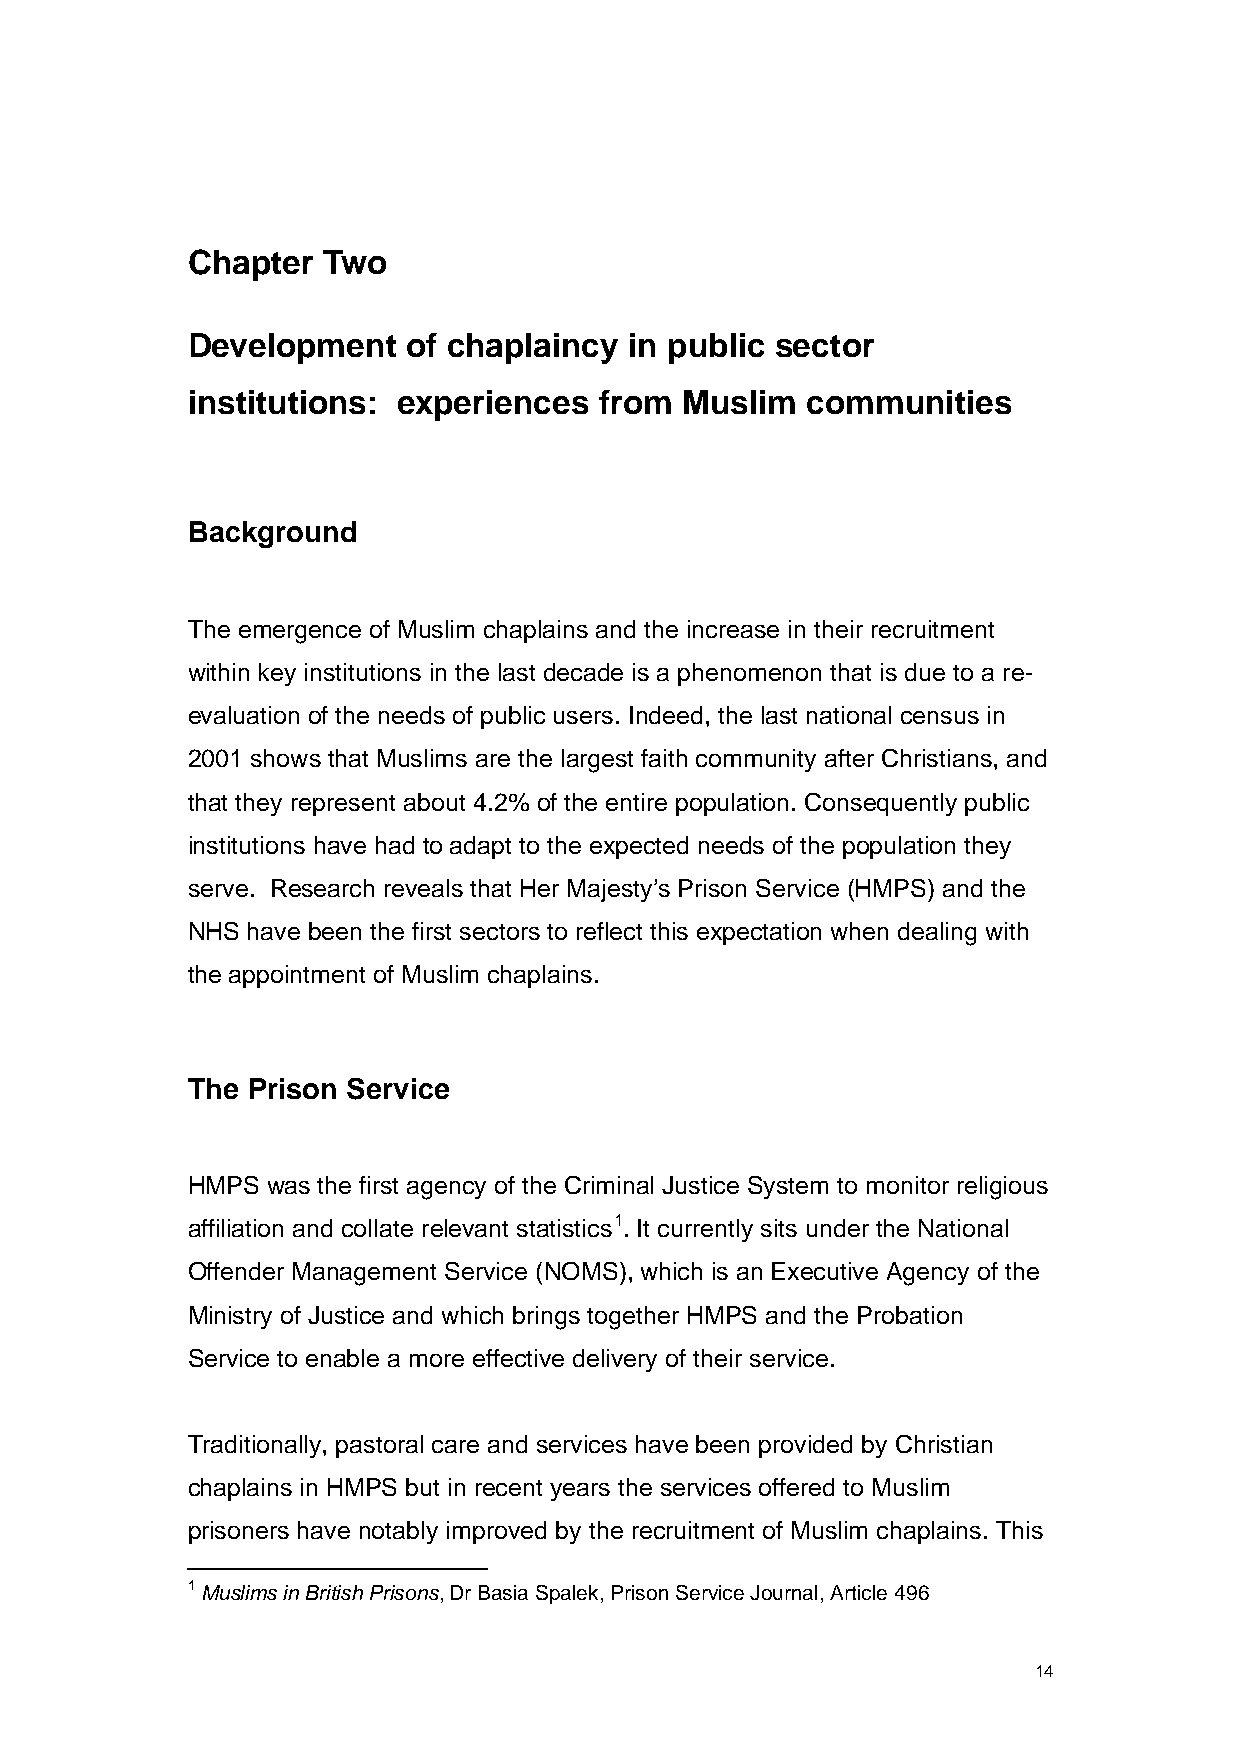
Chapter  Two
 Development    of chaplaincy  in public sector
 institutions: experiences   from Muslim  communities
 Background
 The emergence of Muslim chaplains and the increase in their recruitment
 within key institutions in the last decade is a phenomenon that is due to a re-
 evaluation of the needs of public users. Indeed, the last national census in
 2001 shows that Muslims are the largest faith community after Christians, and
 that they represent about 4.2% of the entire population. Consequently public
 institutions have had to adapt to the expected needs of the population they
 serve. Research reveals that Her Majesty’s Prison Service (HMPS) and the
 NHS have been the first sectors to reflect this expectation when dealing with
 the appointment of Muslim chaplains.
 The Prison Service
 HMPS  was the first agency of the Criminal Justice System to monitor religious
 affiliation and collate relevant statistics1. It currently sits under the National
 Offender Management Service (NOMS), which is an Executive Agency of the
 Ministry of Justice and which brings together HMPS and the Probation
 Service to enable a more effective delivery of their service.
 Traditionally, pastoral care and services have been provided by Christian
 chaplains in HMPS but in recent years the services offered to Muslim
 prisoners have notably improved by the recruitment of Muslim chaplains. This
 1 Muslims in British Prisons, Dr Basia Spalek, Prison Service Journal, Article 496
 14